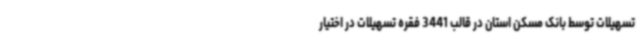
تسهیلات توسط بانک مسکن استان در قالب 3441 فقره تسهیلات در اختیار